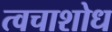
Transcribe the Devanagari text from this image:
त्वचाशोध